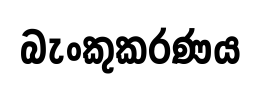
බැංකුකරණය